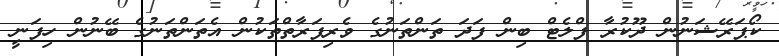
ކޯޕަރޭޝަނުން ދޫކުރާ ފްލެޓް ބިން ފަދަ ތަންތަނުގެ ވެރިފަރާތްތަކުން އެތަންތަނުގެ ބޭނުން ހިފަނީ